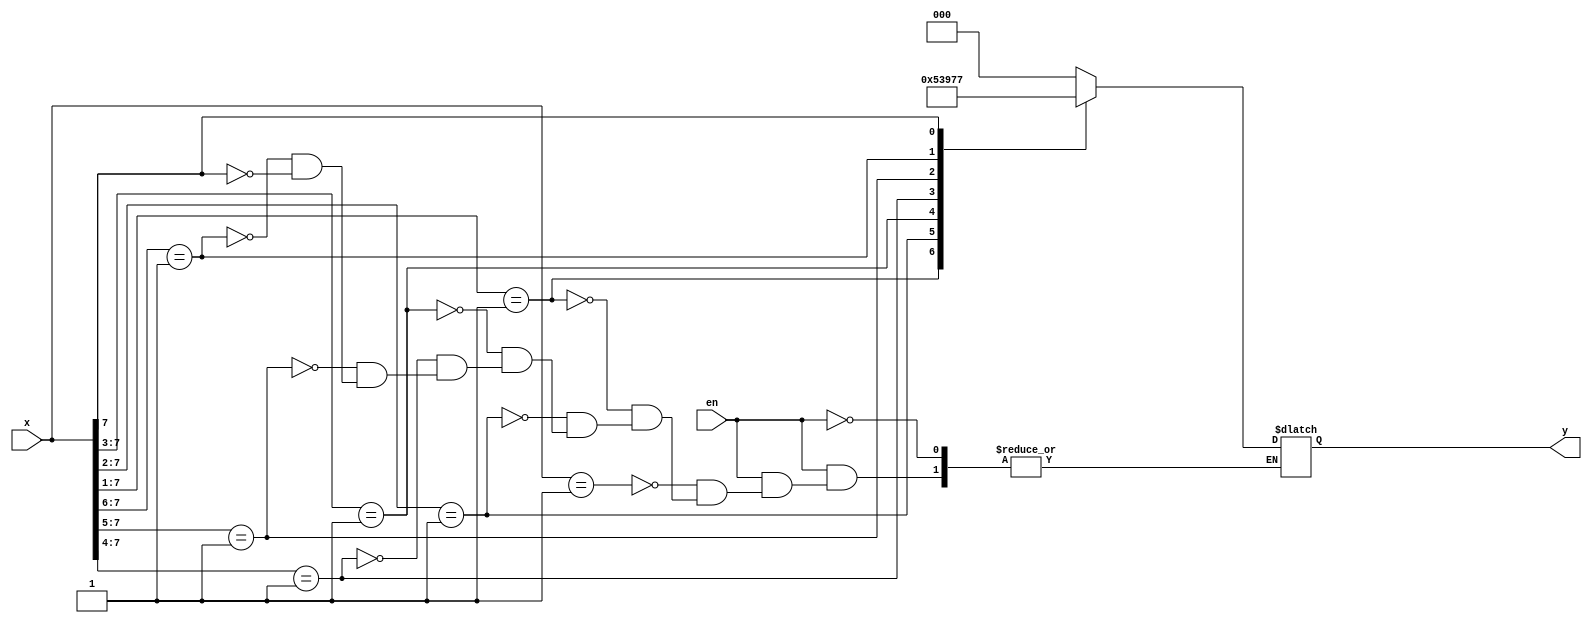
module Priority_encoder(
    input [7:0]x,
    input en,
    output reg [2:0]y
    );
  always @ (x,en)
  begin if(en==1'b1)
  casex(x)
  8'b00000001 : y = 3'b000;
  8'b0000001x : y = 3'b001;
  8'b000001xx : y = 3'b010;
  8'b00001xxx : y = 3'b011;
  8'b0001xxxx : y = 3'b100;
  8'b001xxxxx : y = 3'b101;
  8'b01xxxxxx : y = 3'b110;
  8'b1xxxxxxx : y = 3'b111;
 endcase
 end
endmodule